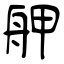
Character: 舺